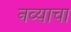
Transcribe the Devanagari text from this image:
नव्याचा